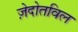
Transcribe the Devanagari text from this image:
ज़ेदोतविल